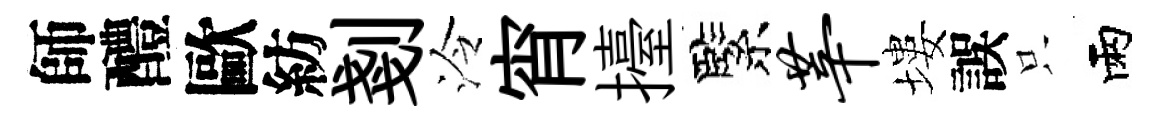
師醴歐紡剗泠宵擡緊莘塿誤只雨